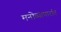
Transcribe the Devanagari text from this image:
मनोव्यापारांत